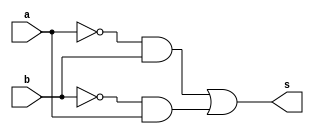
 // ------------------------- 
// Exercicio 06 - XOR 
// Nome: Gabriel Benjamim de Carvalho
// ------------------------- 
// ------------------------- 
// -- NOR 
// ------------------------- 
module xorgate (output s, input a, input b); 
assign s = (~a&b)|(~b&a);  
// (dependencia) 
endmodule //  
// ------------------------- 
// -- test XOR 
// ------------------------- 
module testxor; 
// ------------------------- dados locais 
reg a; // definir registrador 
// (variavel independente)
reg b; 
wire s; // definir conexao (fio) 
// (variavel dependente ) 
// ------------------------- instancia 
xorgate XOR1 (s, a, b); 
// ------------------------- preparacao 
initial begin:start 
a=0;
b=0; // valor inicial 
end 
// ------------------------- parte principal 
initial begin:main 
// execucao unitaria 
$display("Exercicio 06 - Gabriel Benjamim de Carvalho - 396690"); 
$display("XOR Gate:"); 
$display("\t\t time\ta b = s"); 
// execucao permanente 
$monitor("%d\t%b %b = %b", $time, a, b, s); 
// apos uma unidade de tempo 
// mudar valor do registrador para 0 
#1 a=0;b=1; 
// apos duas unidades de tempo 
// mudar valor do registrador para 1 
#1 a=1;b=0;
#1 a=1;b=1; 
end 
endmodule // TESTXOR